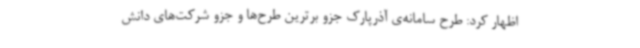
اظهار کرد: طرح سامانه‌ی آذرپارک جزو برترین طرح‌ها و جزو شرکت‌های دانش